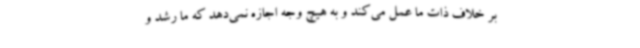
بر خلاف ذات ما عمل می‌کند و به هیچ وجه اجازه نمی‌دهد که ما رشد و